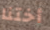
أختنا